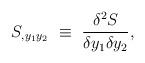
LaTeX: \begin{align*}S_{,y_1y_2}~\equiv~{\delta^2 S \over \delta y_1 \delta y_2},\end{align*}